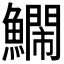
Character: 𮬔